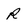
Character: R